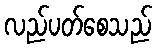
လည်ပတ်စေသည်